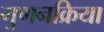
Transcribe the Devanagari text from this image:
गुणनक्रिया